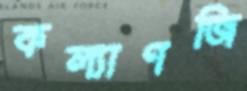
কল্যাণজি